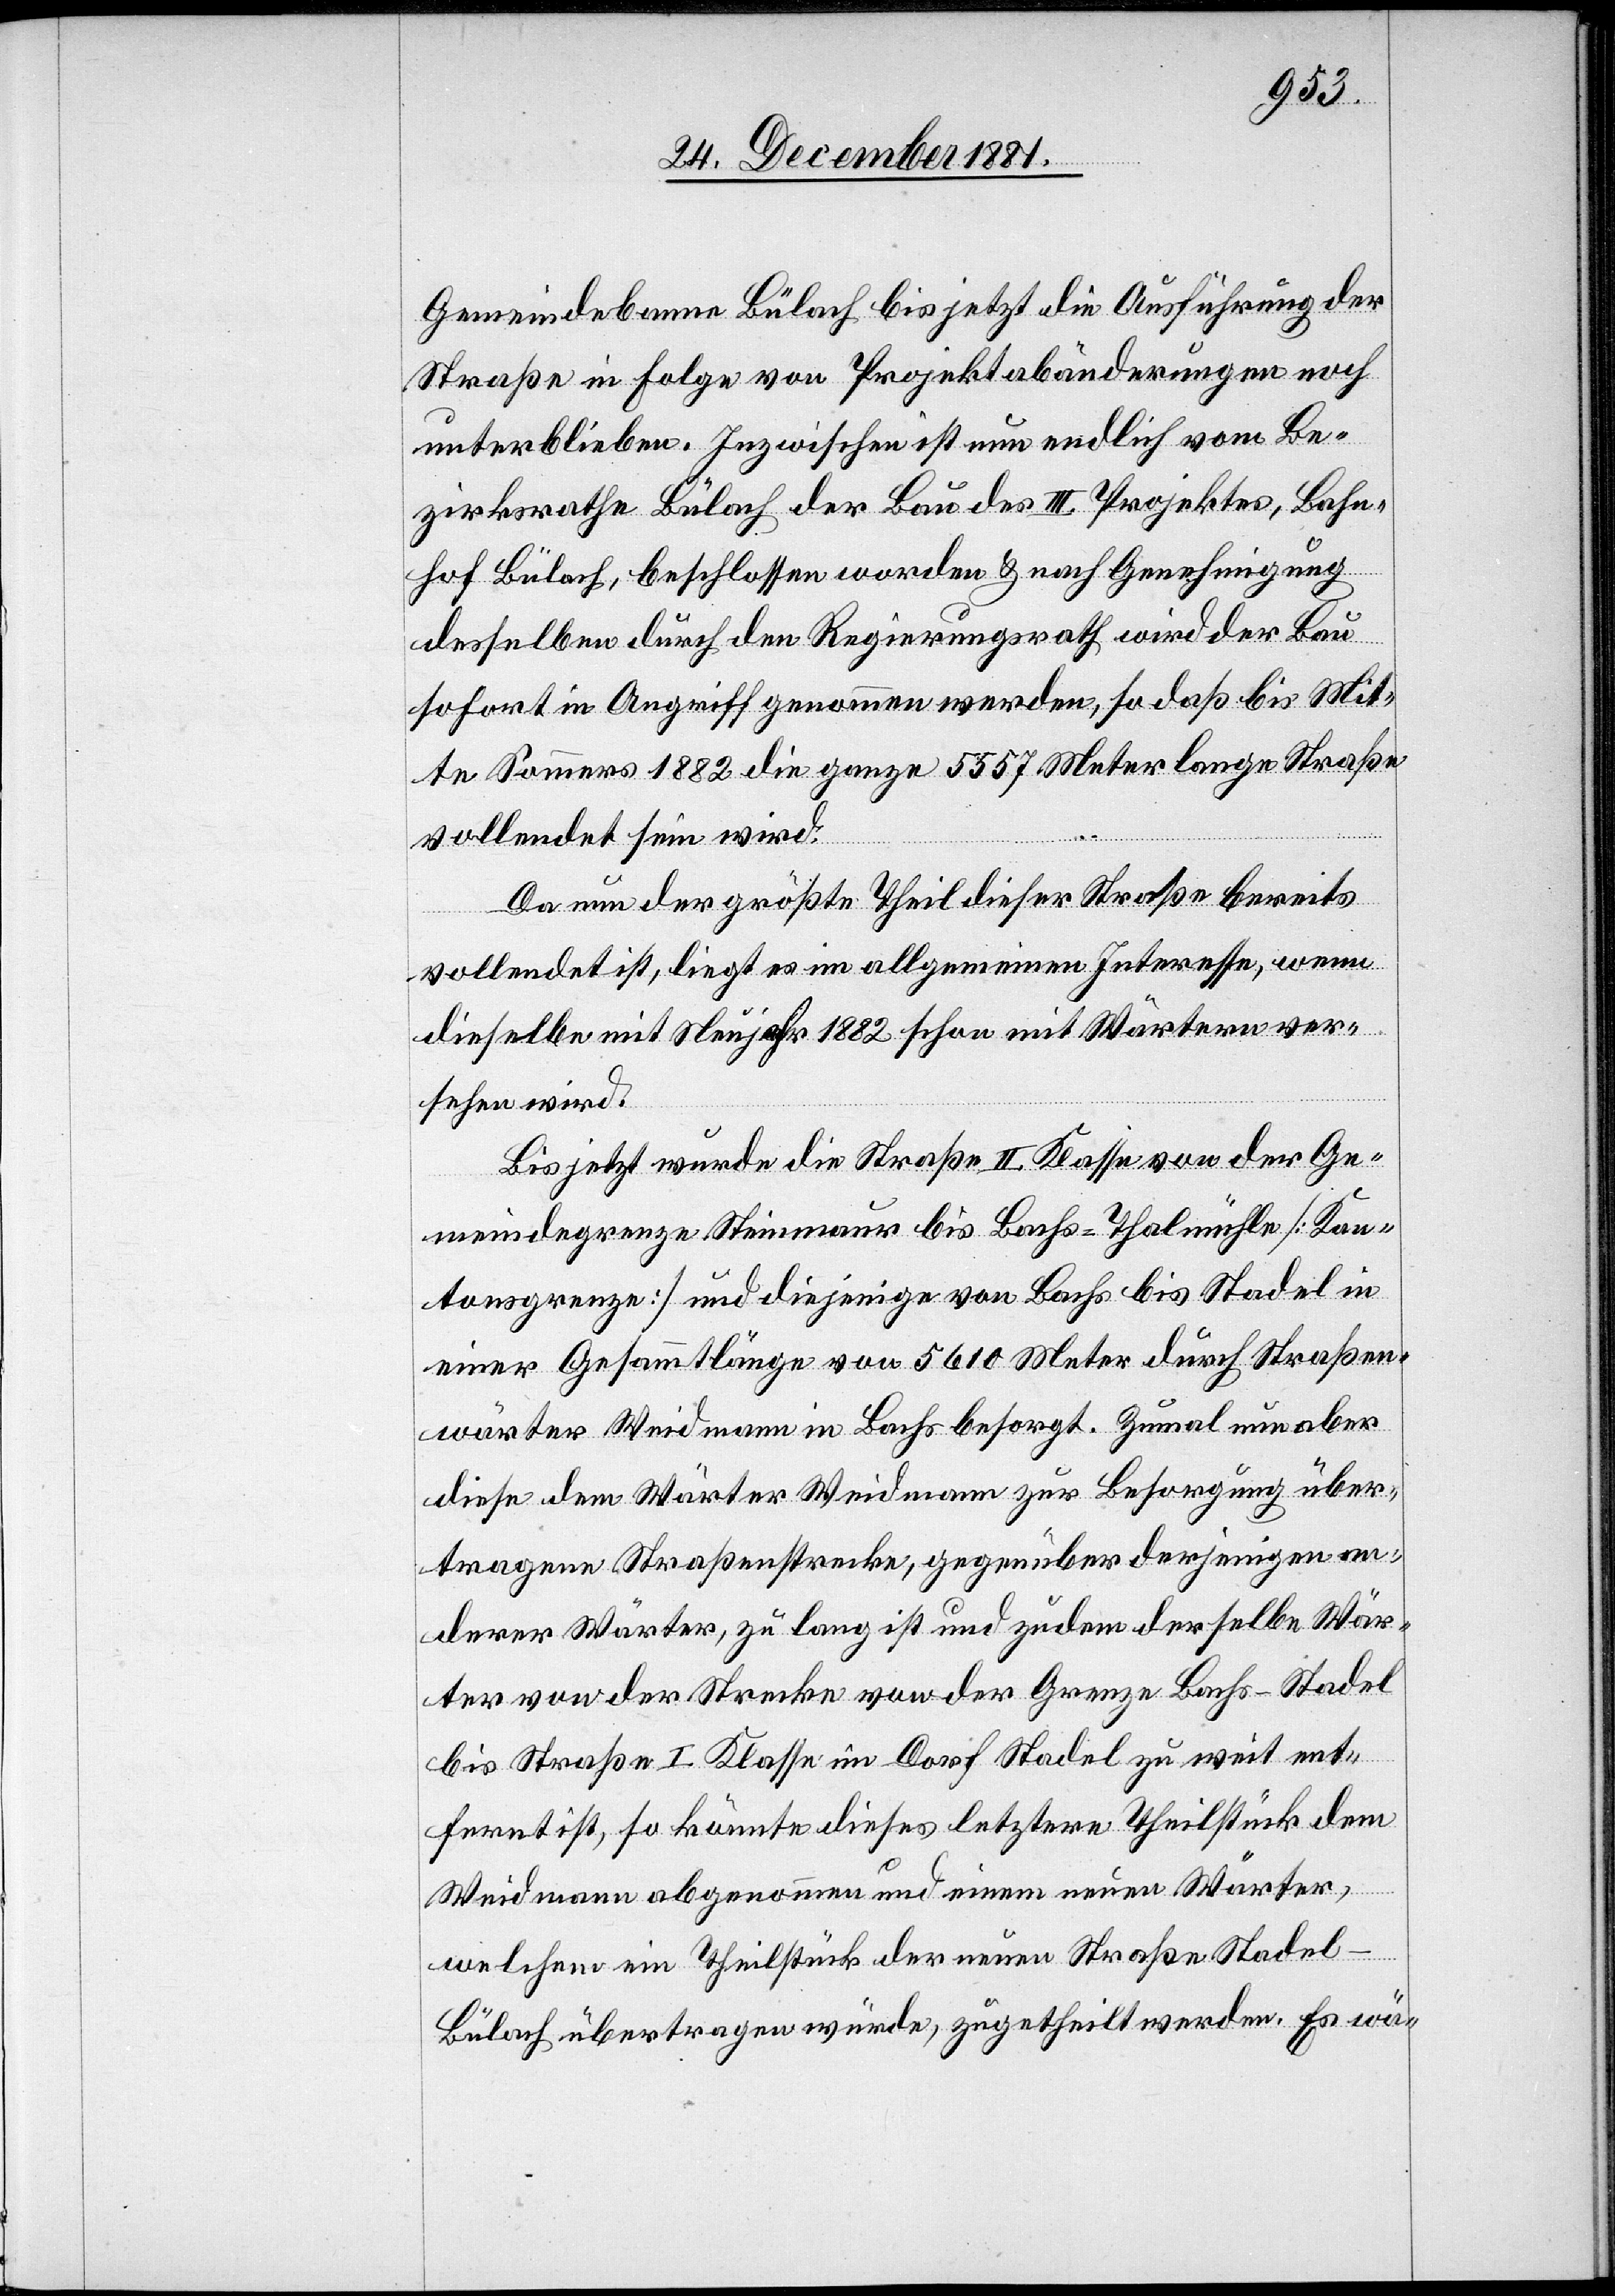
Gemeindebanne Bülach bis jetzt die Ausführung der
Straße in Folge von Projektabänderungen noch
unterblieben. Inzwischen ist nun endlich vom Be¬
zirksrathe Bülach der Bau des III Projektes, Bahn¬
hof Bülach, beschlossen worden & nach Genehmigung
desselben durch den Regierungsrath wird der Bau
sofort in Angriff genommen werden, so daß bis Mit¬
te Sommers 1882 die ganze 5557 Meter lange Straße
vollendet sein wird.
Da nun der größte Theil dieser Straße bereits
vollendet ist, liegt es im allgemeinen Interesse, wenn
dieselbe mit Neujahr 1882 schon mit Wärtern ver¬
sehen wird.
Bis jetzt wurde die Straße II. Klasse von der Ge¬
meindegrenze Steinmaur bis Bachs-Thalmühle [Kan¬
tonsgrenze] und diejenige von Bachs bis Stadel in
einer Gesammtlänge von 5610 Meter durch Straßen¬
wärter Weidmann in Bachs besorgt. Zumal nun aber
diese dem Wärter Weidmann zur Besorgung über¬
tragene Straßenstrecke, gegenüber derjenigen an¬
derer Wärter, zu lang ist und zudem derselbe Wär¬
ter von der Strecke von der Grenze Bachs-Stadel
bis Straße I. Klasse im Dorf Stadel zu weit ent¬
fernt ist, so könnte dieses letztere Theilstück dem
Weidmann abgenommen und einem neuen Wärter,
welchem ein Theilstück der neuen Straße Stadel–B¬
ülach übertragen würde, zugetheilt werden. Es wä-